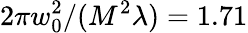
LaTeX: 2\pi w_{0}^{2}/(M^{2}\lambda)=1.71